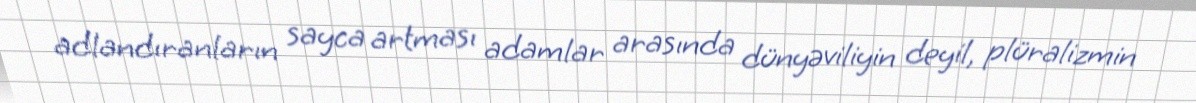
adlandıranların sayca artması adamlar arasında dünyəviliyin deyil, plüralizmin